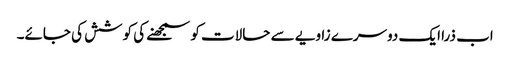
اب ذرا ایک دوسرے زاویے سے حالات کو سمجھنے کی کوشش کی جائے۔